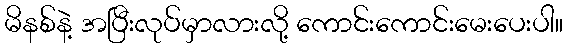
မိနစ်နဲ့ အပြီးလုပ်မှာလားလို့ ကောင်းကောင်းမေးပေးပါ။